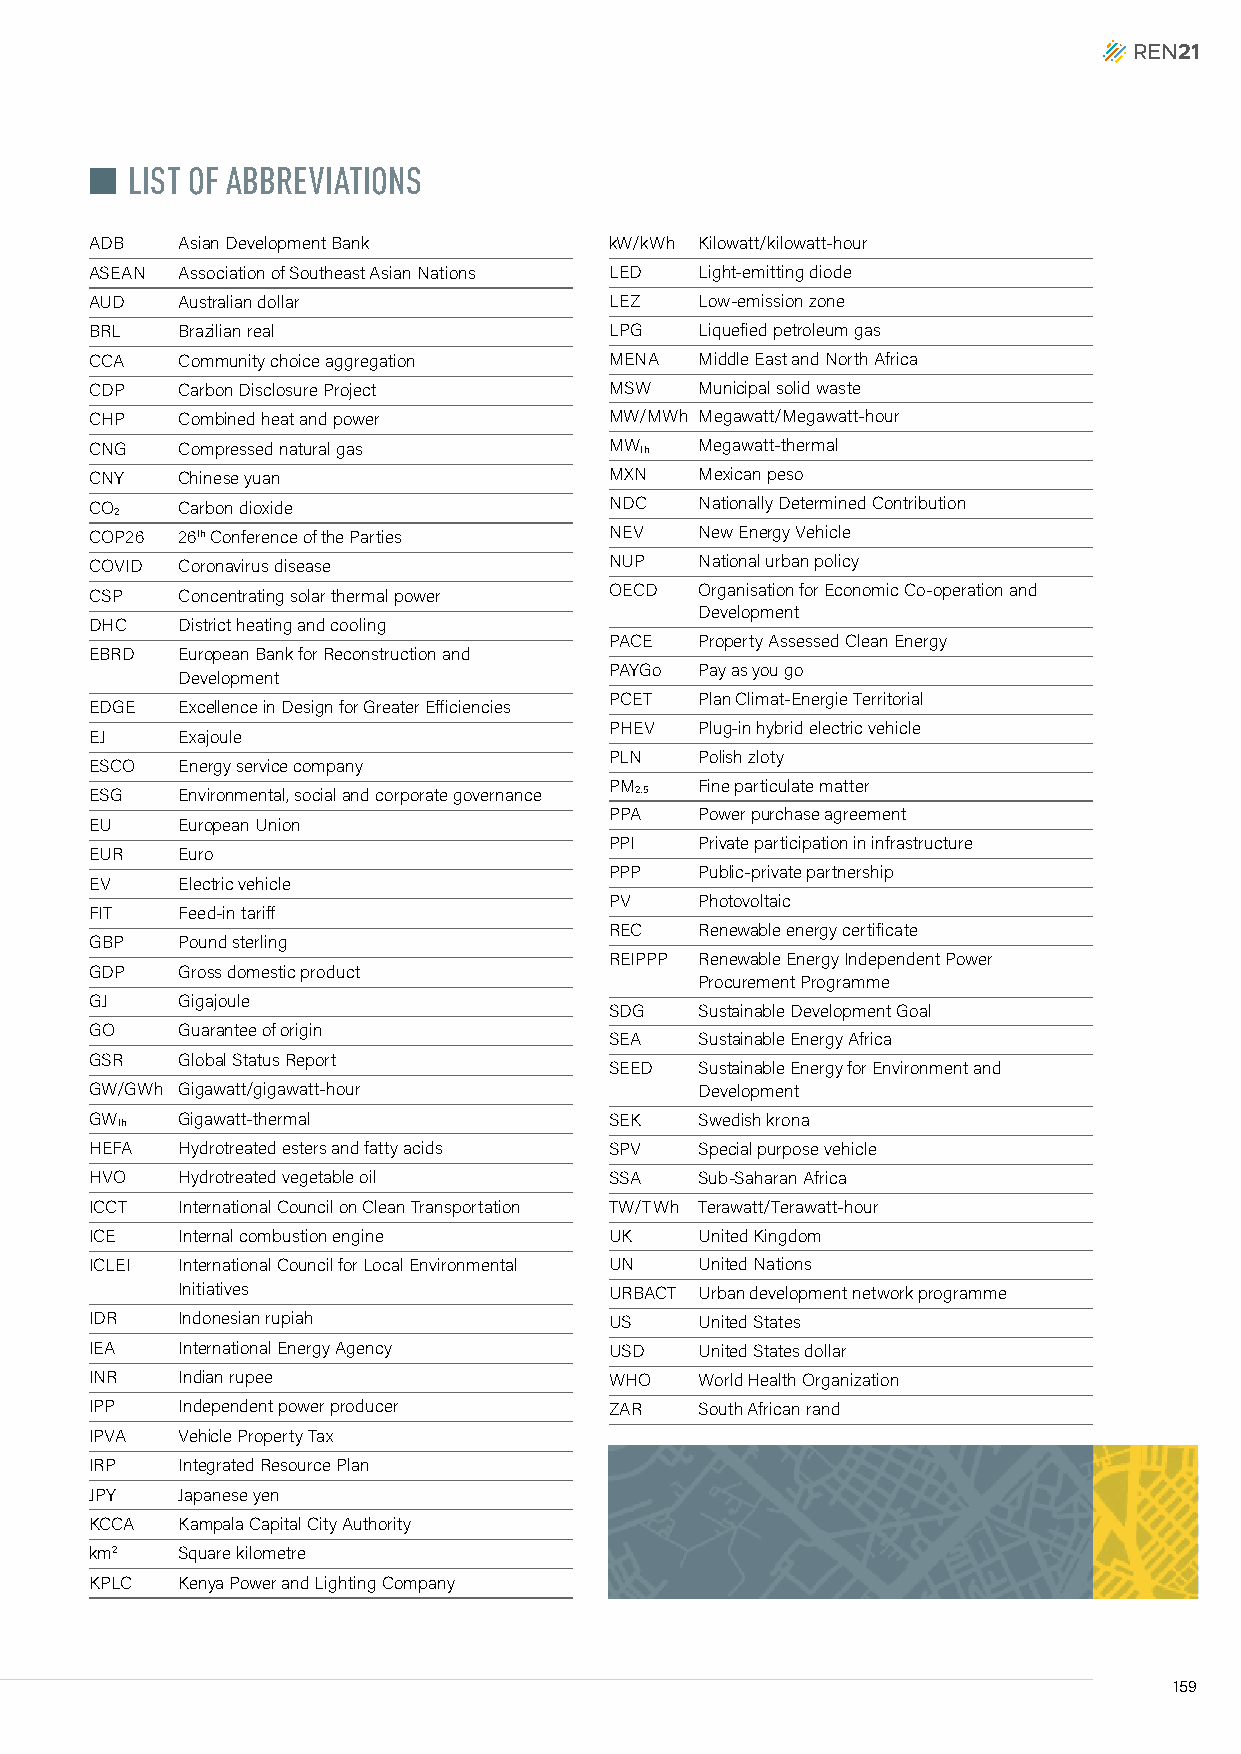
n LIST OF ABBREVIATIONS
 ADB   Asian Development Bank      kW/kWh Kilowatt/kilowatt-hour
 ASEAN Association of Southeast Asian Nations LED Light-emitting diode
 AUD   Australian dollar           LEZ   Low-emission zone
 BRL   Brazilian real              LPG   Liquefied petroleum gas
 CCA   Community choice aggregation MENA Middle East and North Africa
 CDP   Carbon Disclosure Project   MSW   Municipal solid waste
 CHP   Combined heat and power     MW/MWh Megawatt/Megawatt-hour
 CNG   Compressed natural gas      MW th Megawatt-thermal
 CNY   Chinese yuan                MXN   Mexican peso
 CO    Carbon dioxide              NDC   Nationally Determined Contribution
 2
 COP26 26th Conference of the Parties NEV New Energy Vehicle
 COVID Coronavirus disease         NUP   National urban policy
 CSP   Concentrating solar thermal power OECD Organisation for Economic Co-operation and
 Development
 DHC   District heating and cooling
 PACE  Property Assessed Clean Energy
 EBRD  European Bank for Reconstruction and
 PAYGo Pay as you go
 Development
 PCET  Plan Climat-Energie Territorial
 EDGE  Excellence in Design for Greater Efficiencies
 PHEV  Plug-in hybrid electric vehicle
 EJ    Exajoule
 PLN   Polish zloty
 ESCO  Energy service company
 PM    Fine particulate matter
 ESG   Environmental, social and corporate governance 2.5
 PPA   Power purchase agreement
 EU    European Union
 PPI   Private participation in infrastructure
 EUR   Euro
 PPP   Public-private partnership
 EV    Electric vehicle
 PV    Photovoltaic
 FIT   Feed-in tariff
 REC   Renewable energy certificate
 GBP   Pound sterling
 REIPPP Renewable Energy Independent Power
 GDP   Gross domestic product
 Procurement Programme
 GJ    Gigajoule
 SDG   Sustainable Development Goal
 GO    Guarantee of origin
 SEA   Sustainable Energy Africa
 GSR   Global Status Report
 SEED  Sustainable Energy for Environment and
 GW/GWh Gigawatt/gigawatt-hour           Development
 GW th Gigawatt-thermal            SEK   Swedish krona
 HEFA  Hydrotreated esters and fatty acids SPV Special purpose vehicle
 HVO   Hydrotreated vegetable oil  SSA   Sub-Saharan Africa
 ICCT  International Council on Clean Transportation TW/TWh Terawatt/Terawatt-hour
 ICE   Internal combustion engine  UK    United Kingdom
 ICLEI International Council for Local Environmental UN United Nations
 Initiatives                 URBACT Urban development network programme
 IDR   Indonesian rupiah           US    United States
 IEA   International Energy Agency USD   United States dollar
 INR   Indian rupee                WHO   World Health Organization
 IPP   Independent power producer  ZAR   South African rand
 IPVA  Vehicle Property Tax
 IRP   Integrated Resource Plan
 JPY   Japanese yen
 KCCA  Kampala Capital City Authority
 km2   Square kilometre
 KPLC  Kenya Power and Lighting Company
 159